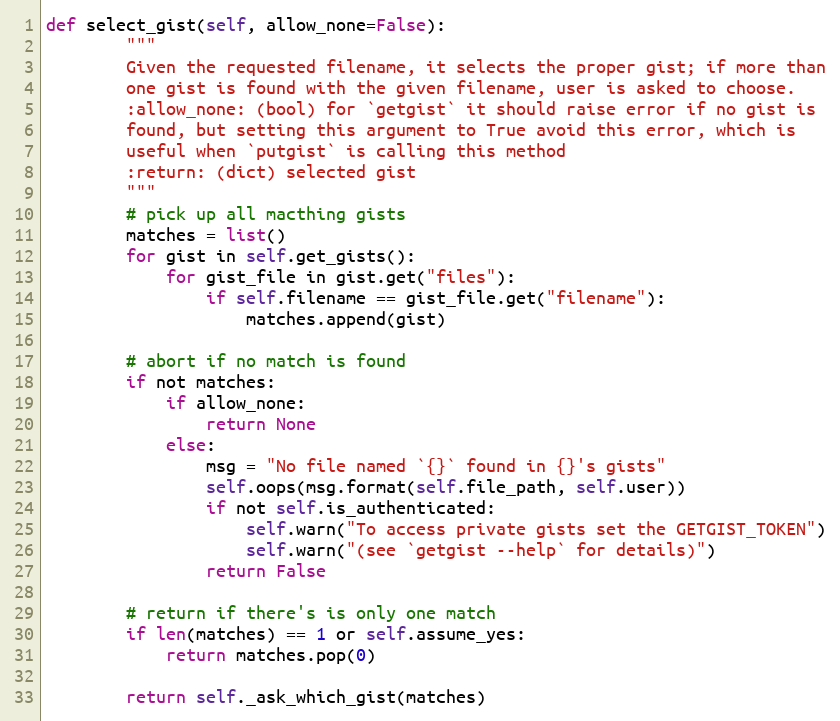
Language: Python
def select_gist(self, allow_none=False):
        """
        Given the requested filename, it selects the proper gist; if more than
        one gist is found with the given filename, user is asked to choose.
        :allow_none: (bool) for `getgist` it should raise error if no gist is
        found, but setting this argument to True avoid this error, which is
        useful when `putgist` is calling this method
        :return: (dict) selected gist
        """
        # pick up all macthing gists
        matches = list()
        for gist in self.get_gists():
            for gist_file in gist.get("files"):
                if self.filename == gist_file.get("filename"):
                    matches.append(gist)

        # abort if no match is found
        if not matches:
            if allow_none:
                return None
            else:
                msg = "No file named `{}` found in {}'s gists"
                self.oops(msg.format(self.file_path, self.user))
                if not self.is_authenticated:
                    self.warn("To access private gists set the GETGIST_TOKEN")
                    self.warn("(see `getgist --help` for details)")
                return False

        # return if there's is only one match
        if len(matches) == 1 or self.assume_yes:
            return matches.pop(0)

        return self._ask_which_gist(matches)